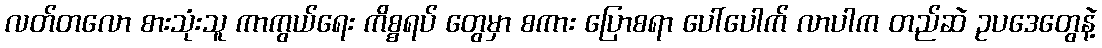
လတ်တလော စားသုံးသူ ကာကွယ်ရေး ကိစ္စရပ် တွေမှာ စကား ပြောစရာ ပေါ်ပေါက် လာပါက တည်ဆဲ ဥပဒေတွေနဲ့